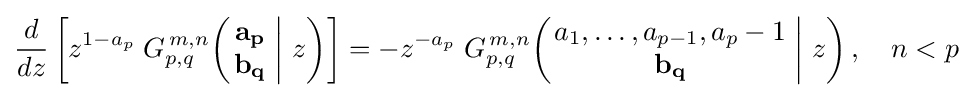
{\frac {d}{dz}}\left[z^{1-a_{p}}\;G_{p,q}^{\,m,n}\!\left(\left.{\begin{matrix}\mathbf {a_{p}} \\\mathbf {b_{q}} \end{matrix}}\;\right|\,z\right)\right]=-z^{-a_{p}}\;G_{p,q}^{\,m,n}\!\left(\left.{\begin{matrix}a_{1},\dots ,a_{p-1},a_{p}-1\\\mathbf {b_{q}} \end{matrix}}\;\right|\,z\right),\quad n<p